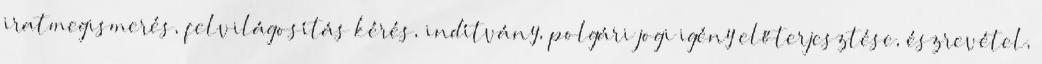
iratmegismerés, felvilágosítás kérés, indítvány, polgári jogi igény előterjesztése, észrevétel,